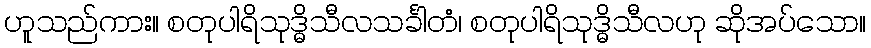
ဟူသည်ကား။ စတုပါရိသုဒ္ဓိသီလသင်္ခါတံ၊ စတုပါရိသုဒ္ဓိသီလဟု ဆိုအပ်သော။